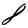
Digit: 8